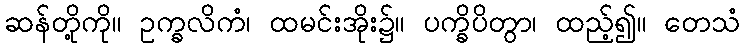
ဆန်တို့ကို။ ဥက္ခလိကံ၊ ထမင်းအိုး၌။ ပက္ခိပိတွာ၊ ထည့်၍။ တေသံ